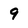
Character: 9